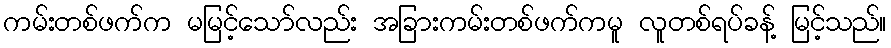
ကမ်းတစ်ဖက်က မမြင့်သော်လည်း အခြားကမ်းတစ်ဖက်ကမူ လူတစ်ရပ်ခန့် မြင့်သည်။